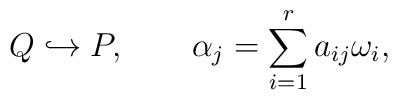
Q \hookrightarrow P ,\qquad  \alpha_j = \sum_{i=1}^r a_{ij} \omega_i ,